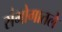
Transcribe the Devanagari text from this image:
संभोगातले